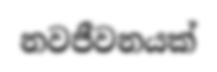
නවජීවනයක්